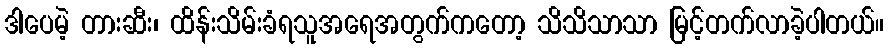
ဒါပေမဲ့ တားဆီး၊ ထိန်းသိမ်းခံရသူအရေအတွက်ကတော့ သိသိသာသာ မြင့်တက်လာခဲ့ပါတယ်။